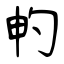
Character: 畃